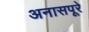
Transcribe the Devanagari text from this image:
अनासपूरे